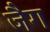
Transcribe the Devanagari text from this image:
जैग